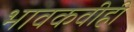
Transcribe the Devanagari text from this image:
भावकवीही